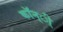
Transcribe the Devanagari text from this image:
कॉन्ी्